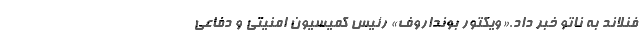
فنلاند به ناتو خبر داد.«ویکتور بونداروف» رئیس کمیسیون امنیتی و دفاعی